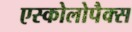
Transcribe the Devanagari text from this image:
एस्कोलोपैक्स